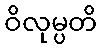
ဝိလုမ္ပတိ